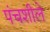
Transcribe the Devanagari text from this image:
पंचशीले